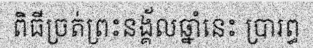
ពិធីច្រត់ព្រះនង្គ័លឆ្នាំនេះ ប្រារព្ធ